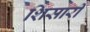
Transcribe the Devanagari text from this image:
शिसारी